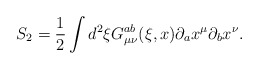
\begin{align*}S_{2}=\frac{1}{2}\int d^{2}\xi G_{\mu \nu }^{ab}(\xi ,x)\partial _{a}x^{\mu}\partial _{b}x^{\nu }. \end{align*}